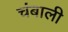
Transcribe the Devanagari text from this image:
चंबाली